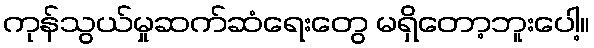
ကုန်သွယ်မှုဆက်ဆံရေးတွေ မရှိတော့ဘူးပေါ့။